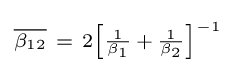
\scriptstyle {\overline {\beta _{12}}}~=~2\left[{\frac {1}{\beta _{1}}}\,+\,{\frac {1}{\beta _{2}}}\right]^{-1}